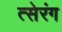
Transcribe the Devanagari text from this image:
त्सेरंग